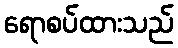
ရောစပ်ထားသည်